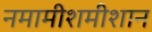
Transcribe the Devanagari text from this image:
नमामीशमीशान